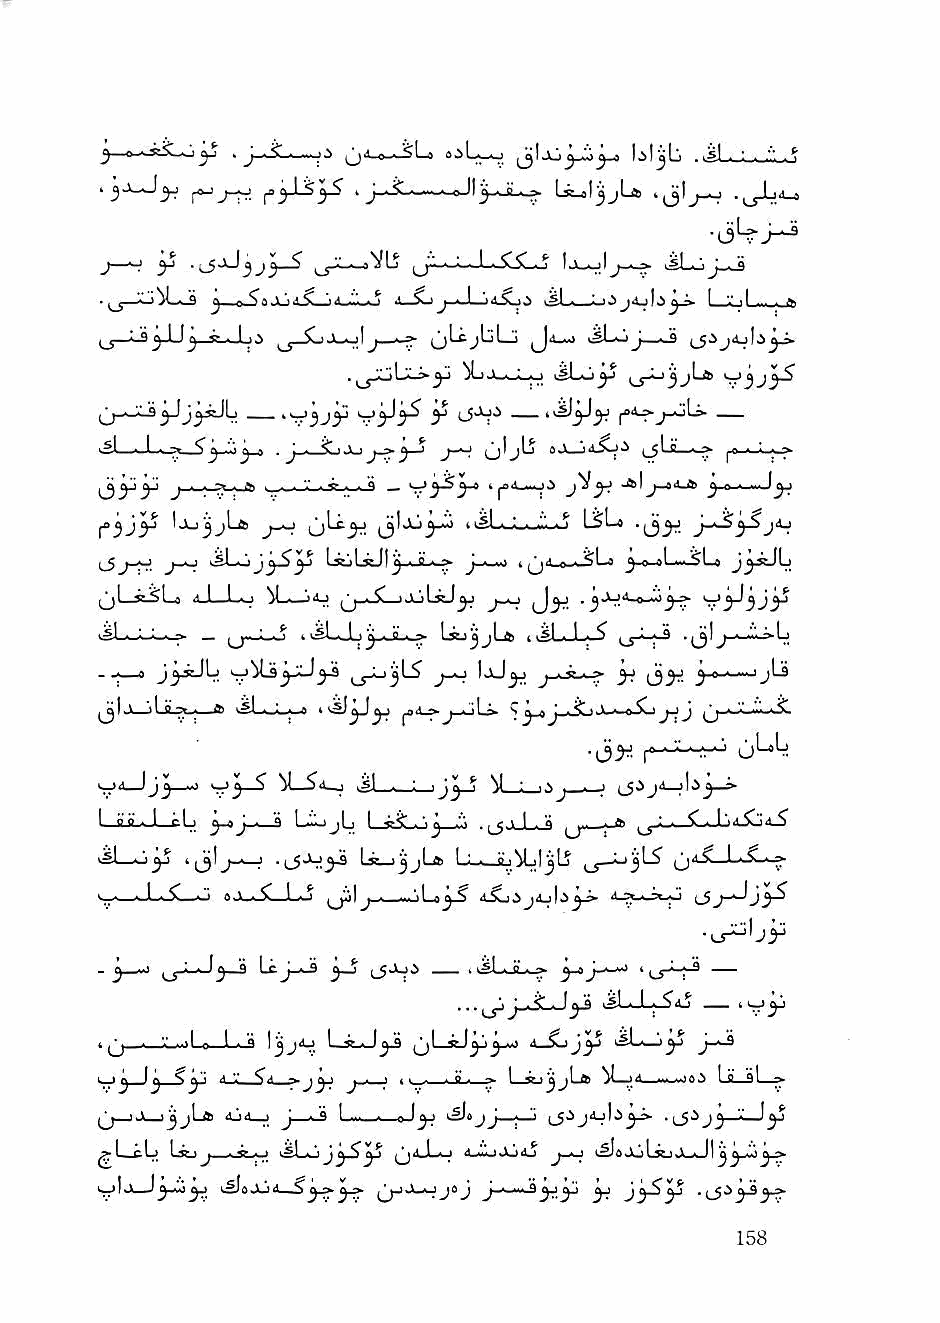
^I Ju   I ^ I jj U . .! . .••
 l|^ . B 1.^ Lss_«ljjjLft .,^^J_nL-a
 j—^          ^ ,^jji-_aVLj ^j''..i_:-i-L.-$l^_>j '-i-^jlj-^ isL^j
 •       ^ n ^ C I j   > j > 1 ) 1^1 • ■•■' ** ^ J ^ ^ '•' ■ I ••• ■ ■>
 ^3""^^ ^ * J-)^   ^ ^Lt^ljL-j ^4_«) j ■
 iL>j_^j_j-j isLo^ i^j-li^jLa
 __          ^            ^<L>j_ijLi —
 >1 . I ■   .J__ijJkjj^ y'^ j~^ u'j^ sJLjiXj'i tjLii—^ jO ■
 j • • ^ - ^ . . ■ V . *• . . Q jV^  ^ o ' <i.i i yi
 l^^jyi IjLi^_;L4 i_jLc^ 4 v£L.J_._i1L^ LSL» J-^^
 ■^)i^jyS^ LsejL*JI^-i-iL*^ I fi ■ -» ^-o-oL,~5L»
 (jl—i^Ls ii-L—l.o ^j-i-SL-iJijlJiJ^ (J^- • »-"■'
 ■jLi-LLi.^ _  44#! ■J-i^^8,._;^ I^^jLa 4 i^Li-L^
 0 J^iJlj      i^j_LijjL? j.^ IjJ^
 ^ ,3^. y-o^ji
 _!>    4gJ-.J_iwB
 4^d—Ijj ■■'       .si ■ : ijj ^ M : I . 1 ?^'^3"^
 I ii > 1 cL ^j__a LijjLj I ii-< jj 1 1 - a » ^^^.;_/_i-Jji.Xj4^
 4sl—Jiy 4jjlj_._j Ls^i^jLa 1 : . iij^ljlj ^^y.-Li^LS' jj4^_LX--»
 4-,.—    eJ4_-^—Lj ^JuI -J)L»^ 4Xjij4j|.>^ (JJ—^j3^
 - j ■■' J^_9 Le j~^ 3^         3"' j''^^ ' 4_r^~^ —
 ...^^     iSL-L-^aJ — "7'^
 ' yj " ' ^     Ljt-J^       4—Suj^ kSLwl^
 4   1^   ^4 '■' ^.4 ""J^J ' ' 4' • ' ° ' "' I—su^jLte ^L-jd—1*1^63 Lii—9I "-
 ^j_ij__>^jLa 4ij4_j J ij L~_. |>J3-? jJ—;—4 (_5.ij4i_il<>^J>- •lS'^jJ) 4—ly
 ^L_cLj 1 ■ j • 1* •■' 4$1^4 J^S^ (^rtjl. 4 I <i^i'MJ 4j 4.^6 Jyjljsj Jl^JI
 y^l.V                            yj jySyj l5^3'^3 T